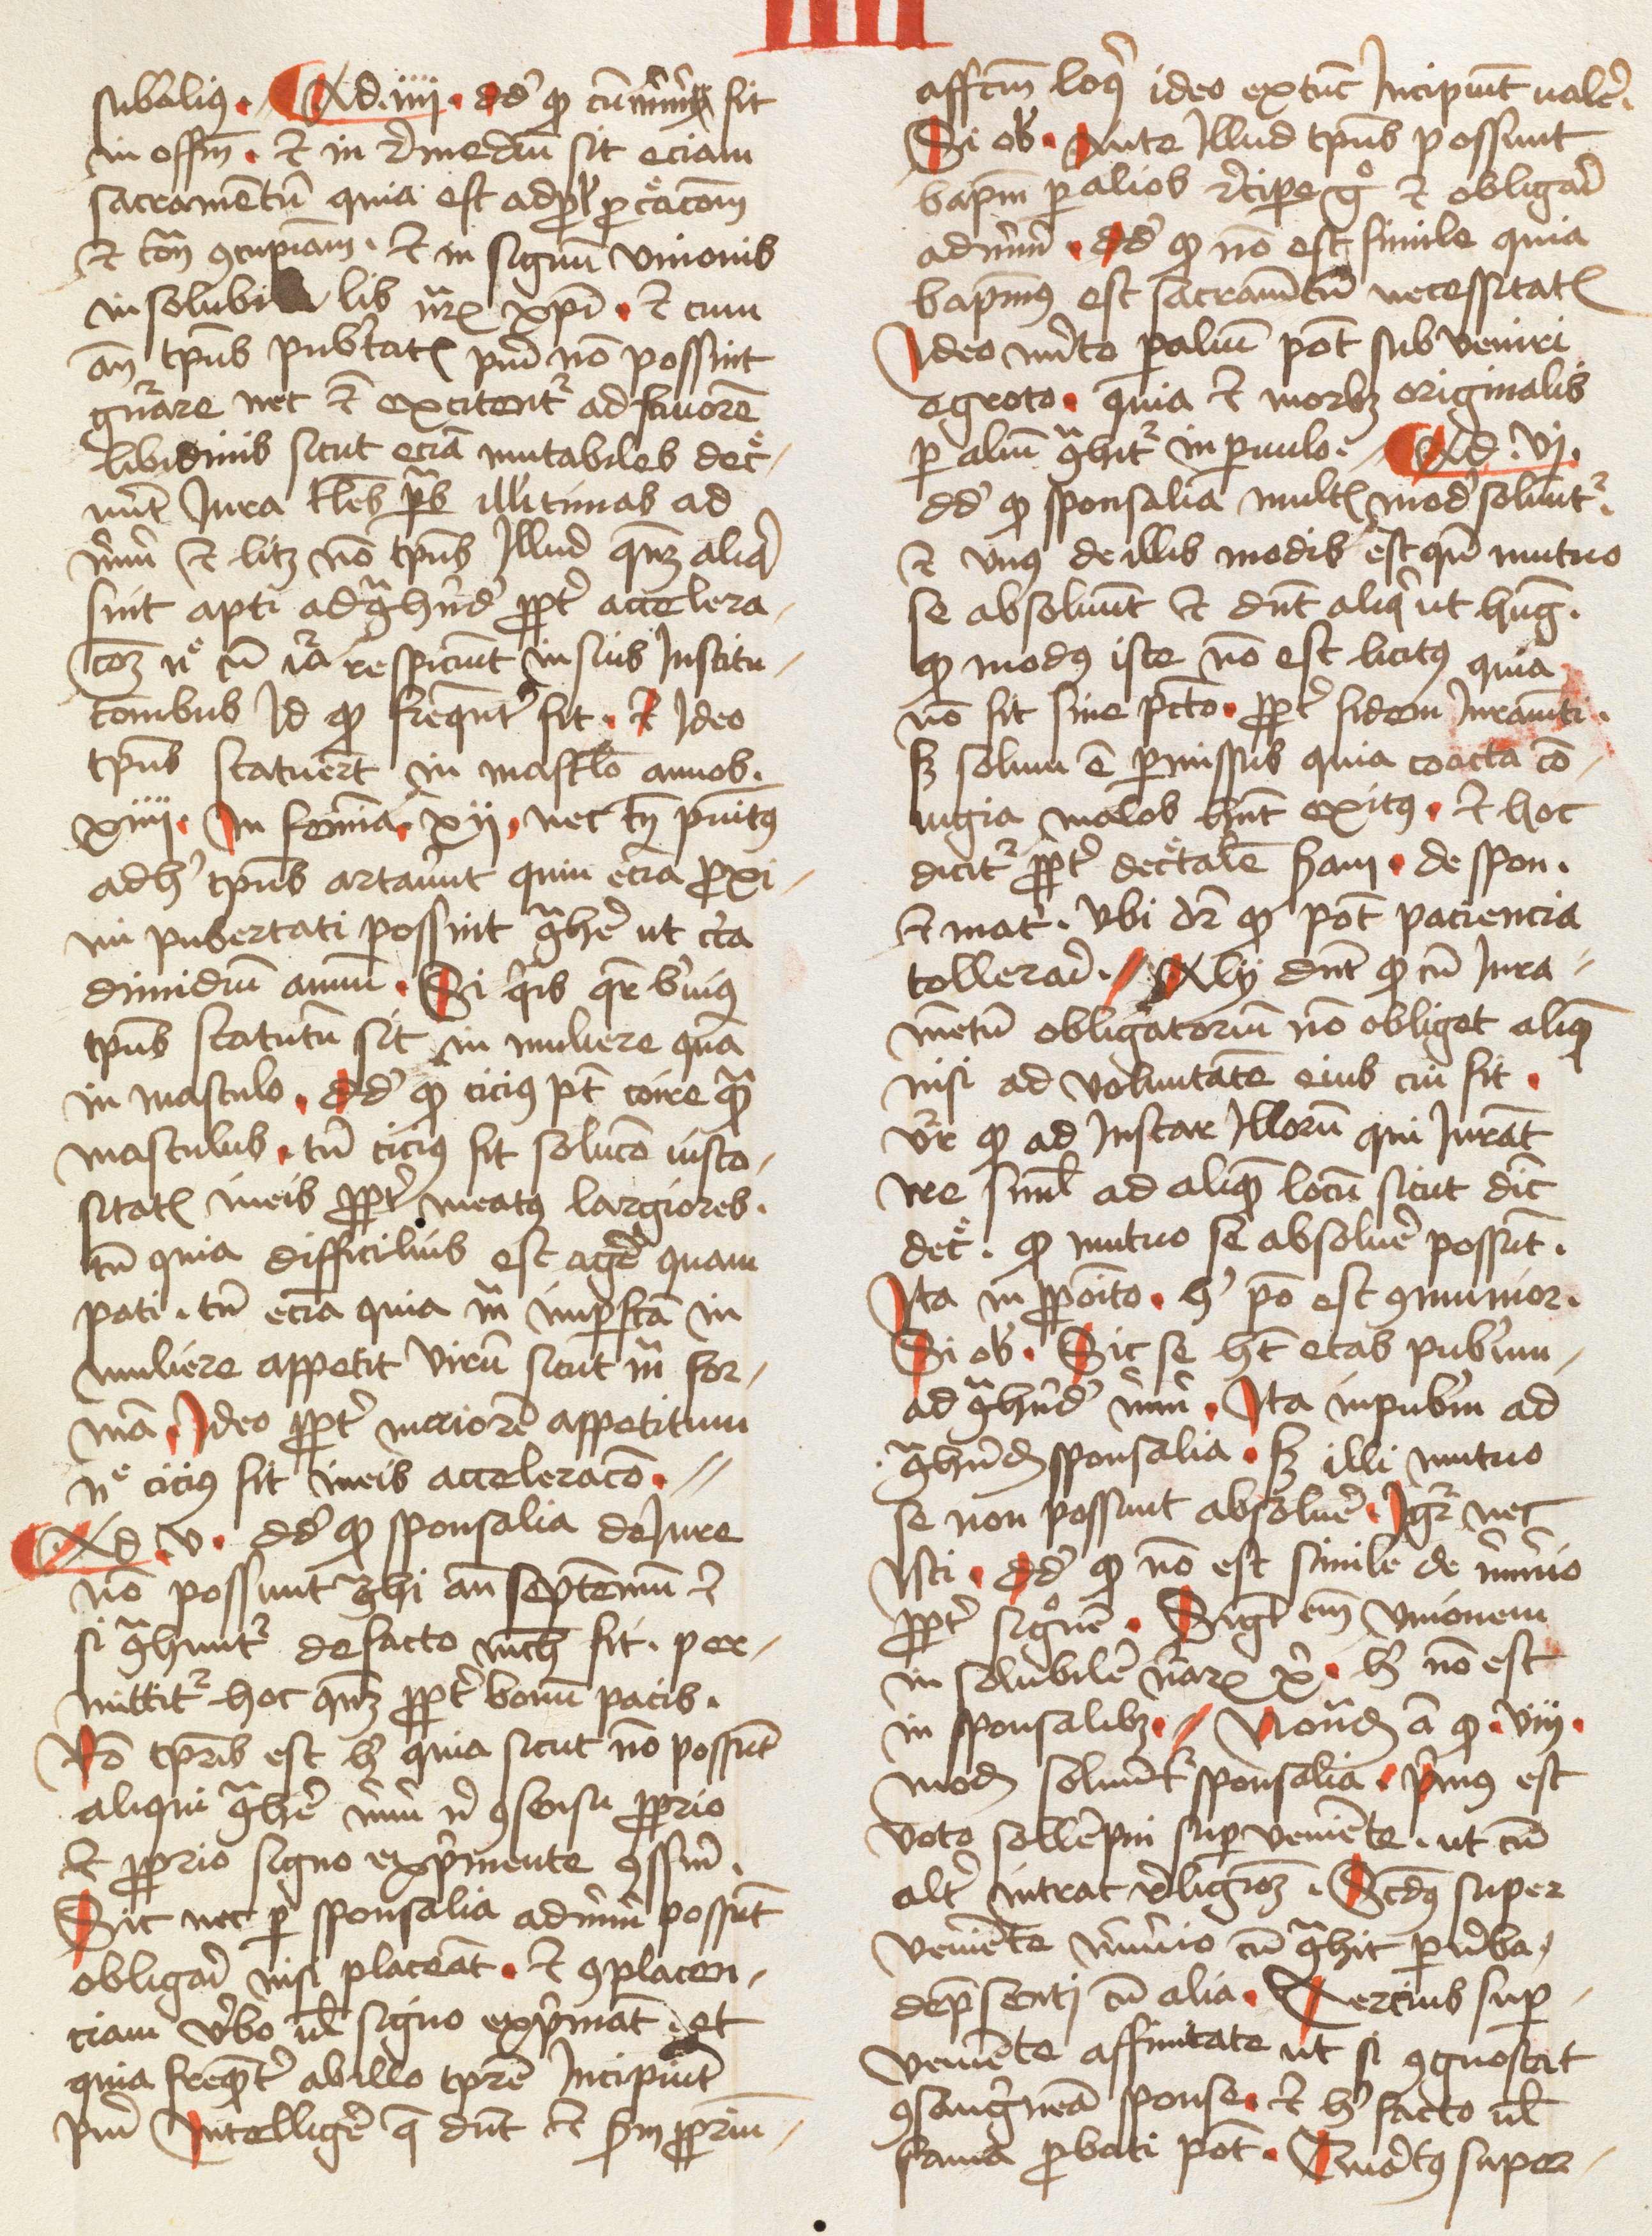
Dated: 1478–1478